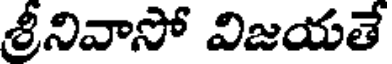
శ్రీనివాసో విజయతే